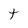
Character: t